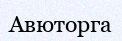
Авюторга